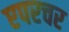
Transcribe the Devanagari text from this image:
एपरचर